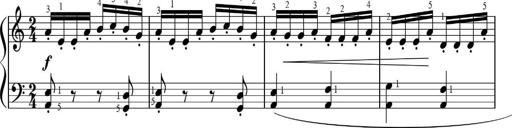
Title: Sonatinas
Composer: Andrew Violette